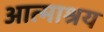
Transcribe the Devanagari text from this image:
आत्माश्रय